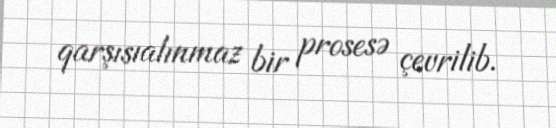
qarşısıalınmaz bir prosesə çevrilib.